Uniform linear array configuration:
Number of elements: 8
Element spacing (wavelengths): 0.75
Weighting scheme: binomial
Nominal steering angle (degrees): -15
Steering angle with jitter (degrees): -14.4
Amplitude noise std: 0.05
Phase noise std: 0.05

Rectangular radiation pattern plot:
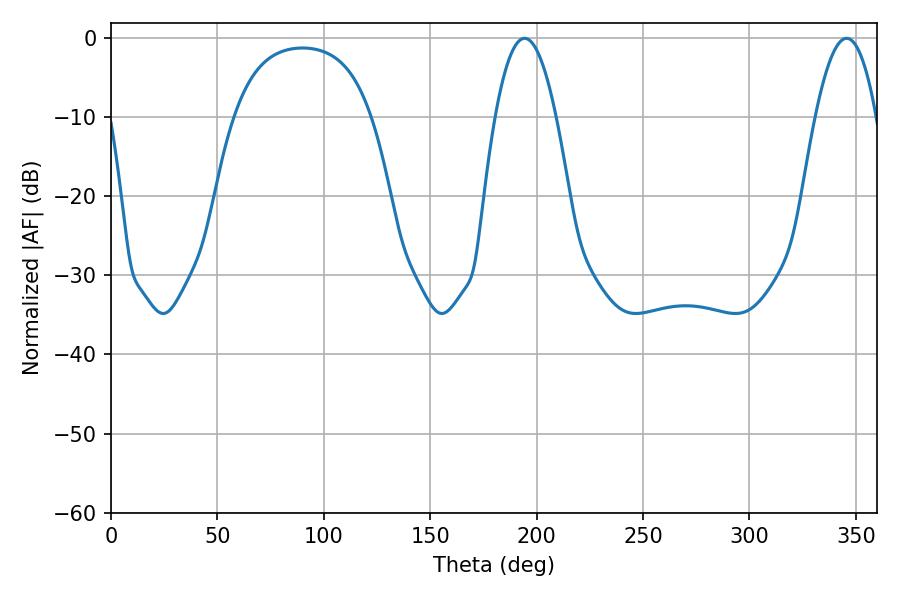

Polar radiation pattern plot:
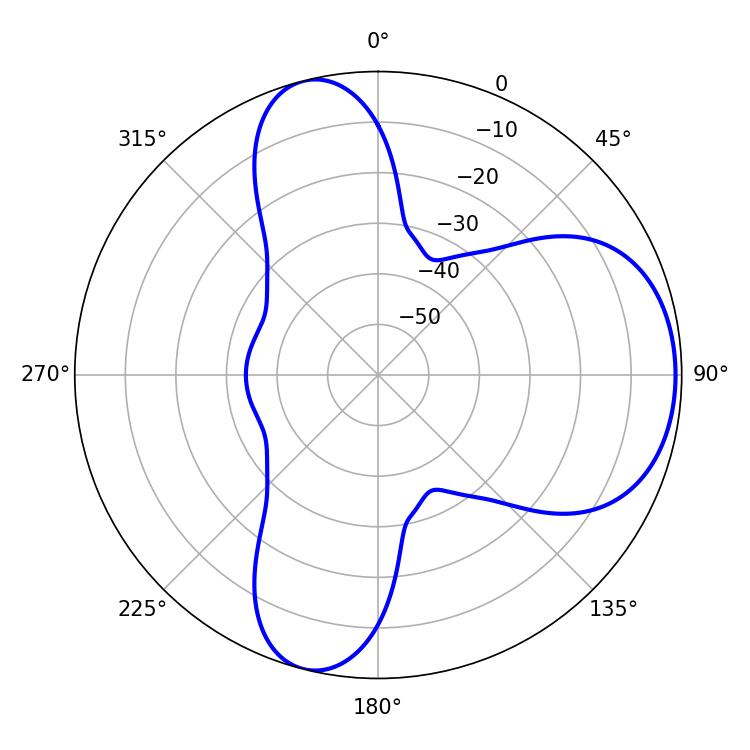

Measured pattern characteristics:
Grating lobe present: TRUE
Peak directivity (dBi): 6.903
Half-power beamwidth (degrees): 15.66
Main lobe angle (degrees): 194.4